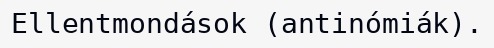
Ellentmondások (antinómiák).